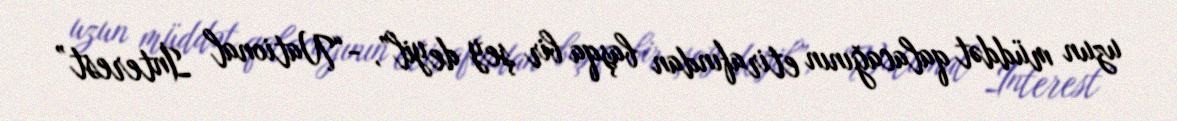
uzun müddət qalacağının etirafından başqa bir şey deyil”, -“National İnterest”